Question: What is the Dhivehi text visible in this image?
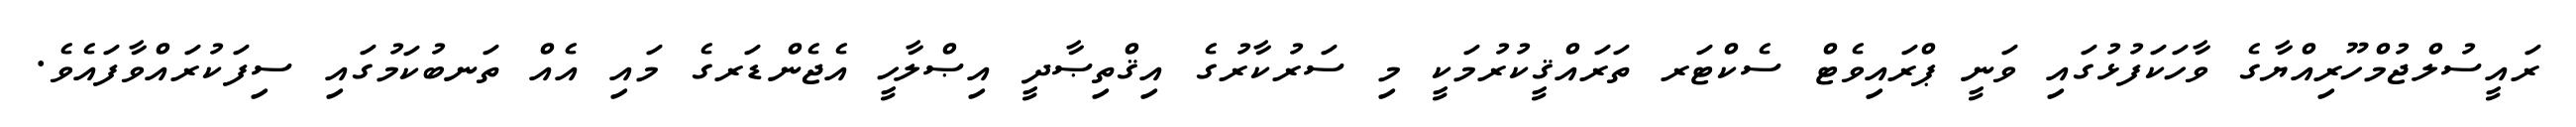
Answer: ރައީސުލްޖުމްހޫރިއްޔާގެ ވާހަކަފުޅުގައި ވަނީ ޕްރައިވެޓް ސެކްޓަރ ތަރައްޤީކުރުމަކީ މި ސަރުކާރުގެ އިޤްތިޞާދީ އިޞްލާހީ އެޖެންޑަރގެ މައި އެއް ތަނބުކަމުގައި ސިފަކުރައްވާފައެވެ.